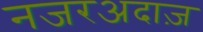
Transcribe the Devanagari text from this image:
नजरअदाज़